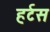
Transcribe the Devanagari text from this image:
हर्टस